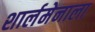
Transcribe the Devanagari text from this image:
शार्लमेनाला